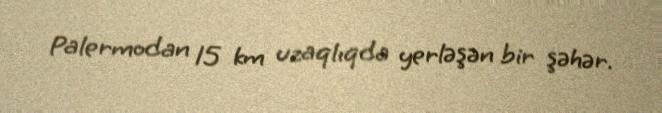
Palermodan 15 km uzaqlıqda yerləşən bir şəhər.